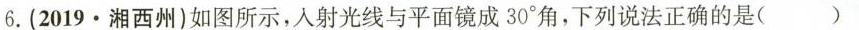
6.(2019.湘西州)如图所示，入射光线与平面镜成30°角，下列说法正确的是()